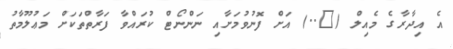
އެ އިދާރާގެ މެއިލް (@..) އަށް ފޮނުވުމަށާއި ނަންނޯޓް ކުރައްވާ ފަރާތްތަކަށް މަޢުލޫމާތު